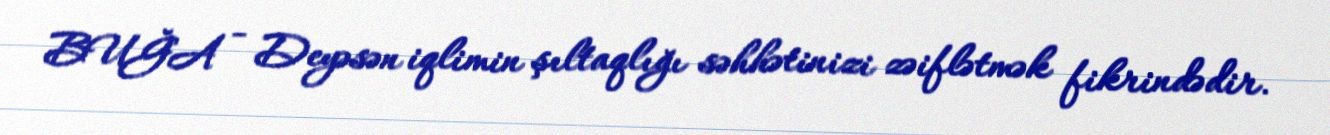
BUĞA - Deyəsən iqlimin şıltaqlığı səhhətinizi zəiflətmək fikrindədir.